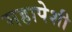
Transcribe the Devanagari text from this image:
महापेशी